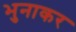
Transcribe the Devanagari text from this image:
भुनाकर